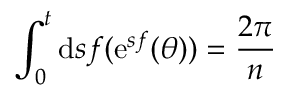
\int _ { 0 } ^ { t } \mathrm { d } s f ( \mathrm { e } ^ { s f } ( \theta ) ) = \frac { 2 \pi } { n }